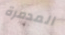
المدمرة